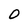
Character: O